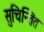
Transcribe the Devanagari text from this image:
सुचिन्तित